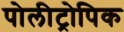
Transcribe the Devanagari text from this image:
पोलीट्रोपिक